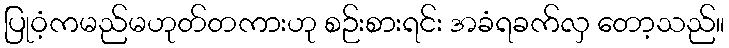
ပြုဝံ့ကမည်မဟုတ်တကားဟု စဉ်းစားရင်း အခံရခက်လှ တော့သည်။